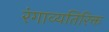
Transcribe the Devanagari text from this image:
रंगाव्यतिरिक्त